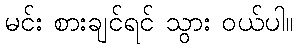
မင်း စားချင်ရင် သွား ဝယ်ပါ။